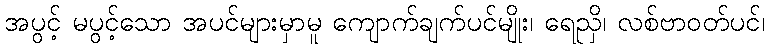
အပွင့် မပွင့်သော အပင်များမှာမူ ကျောက်ချက်ပင်မျိုး၊ ရေညှိ၊ လစ်ဗာဝတ်ပင်၊